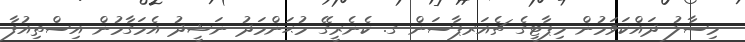
މިސާލު ދައްކަވަމުން މިޕާޓީގެ ޗެއަރޕާސަން ގ. ކެނެރީގޭ މުޙަންމަދު ނަޝީދު އެމަގާމުން އިސްތިއުފާ